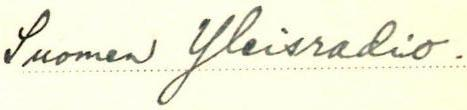
Suomen Yleisradio.